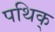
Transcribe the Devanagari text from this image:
पथिक्‌